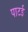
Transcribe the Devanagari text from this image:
पाटई